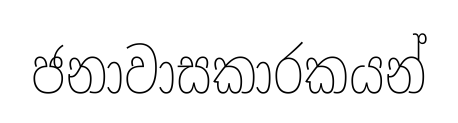
ජනාවාසකාරකයන්